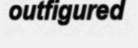
outfigured